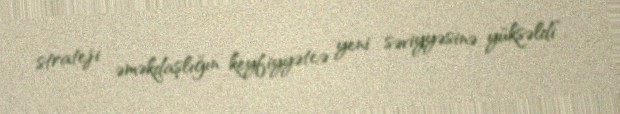
strateji əməkdaşlığın keyfiyyətcə yeni səviyyəsinə yüksəldi”.